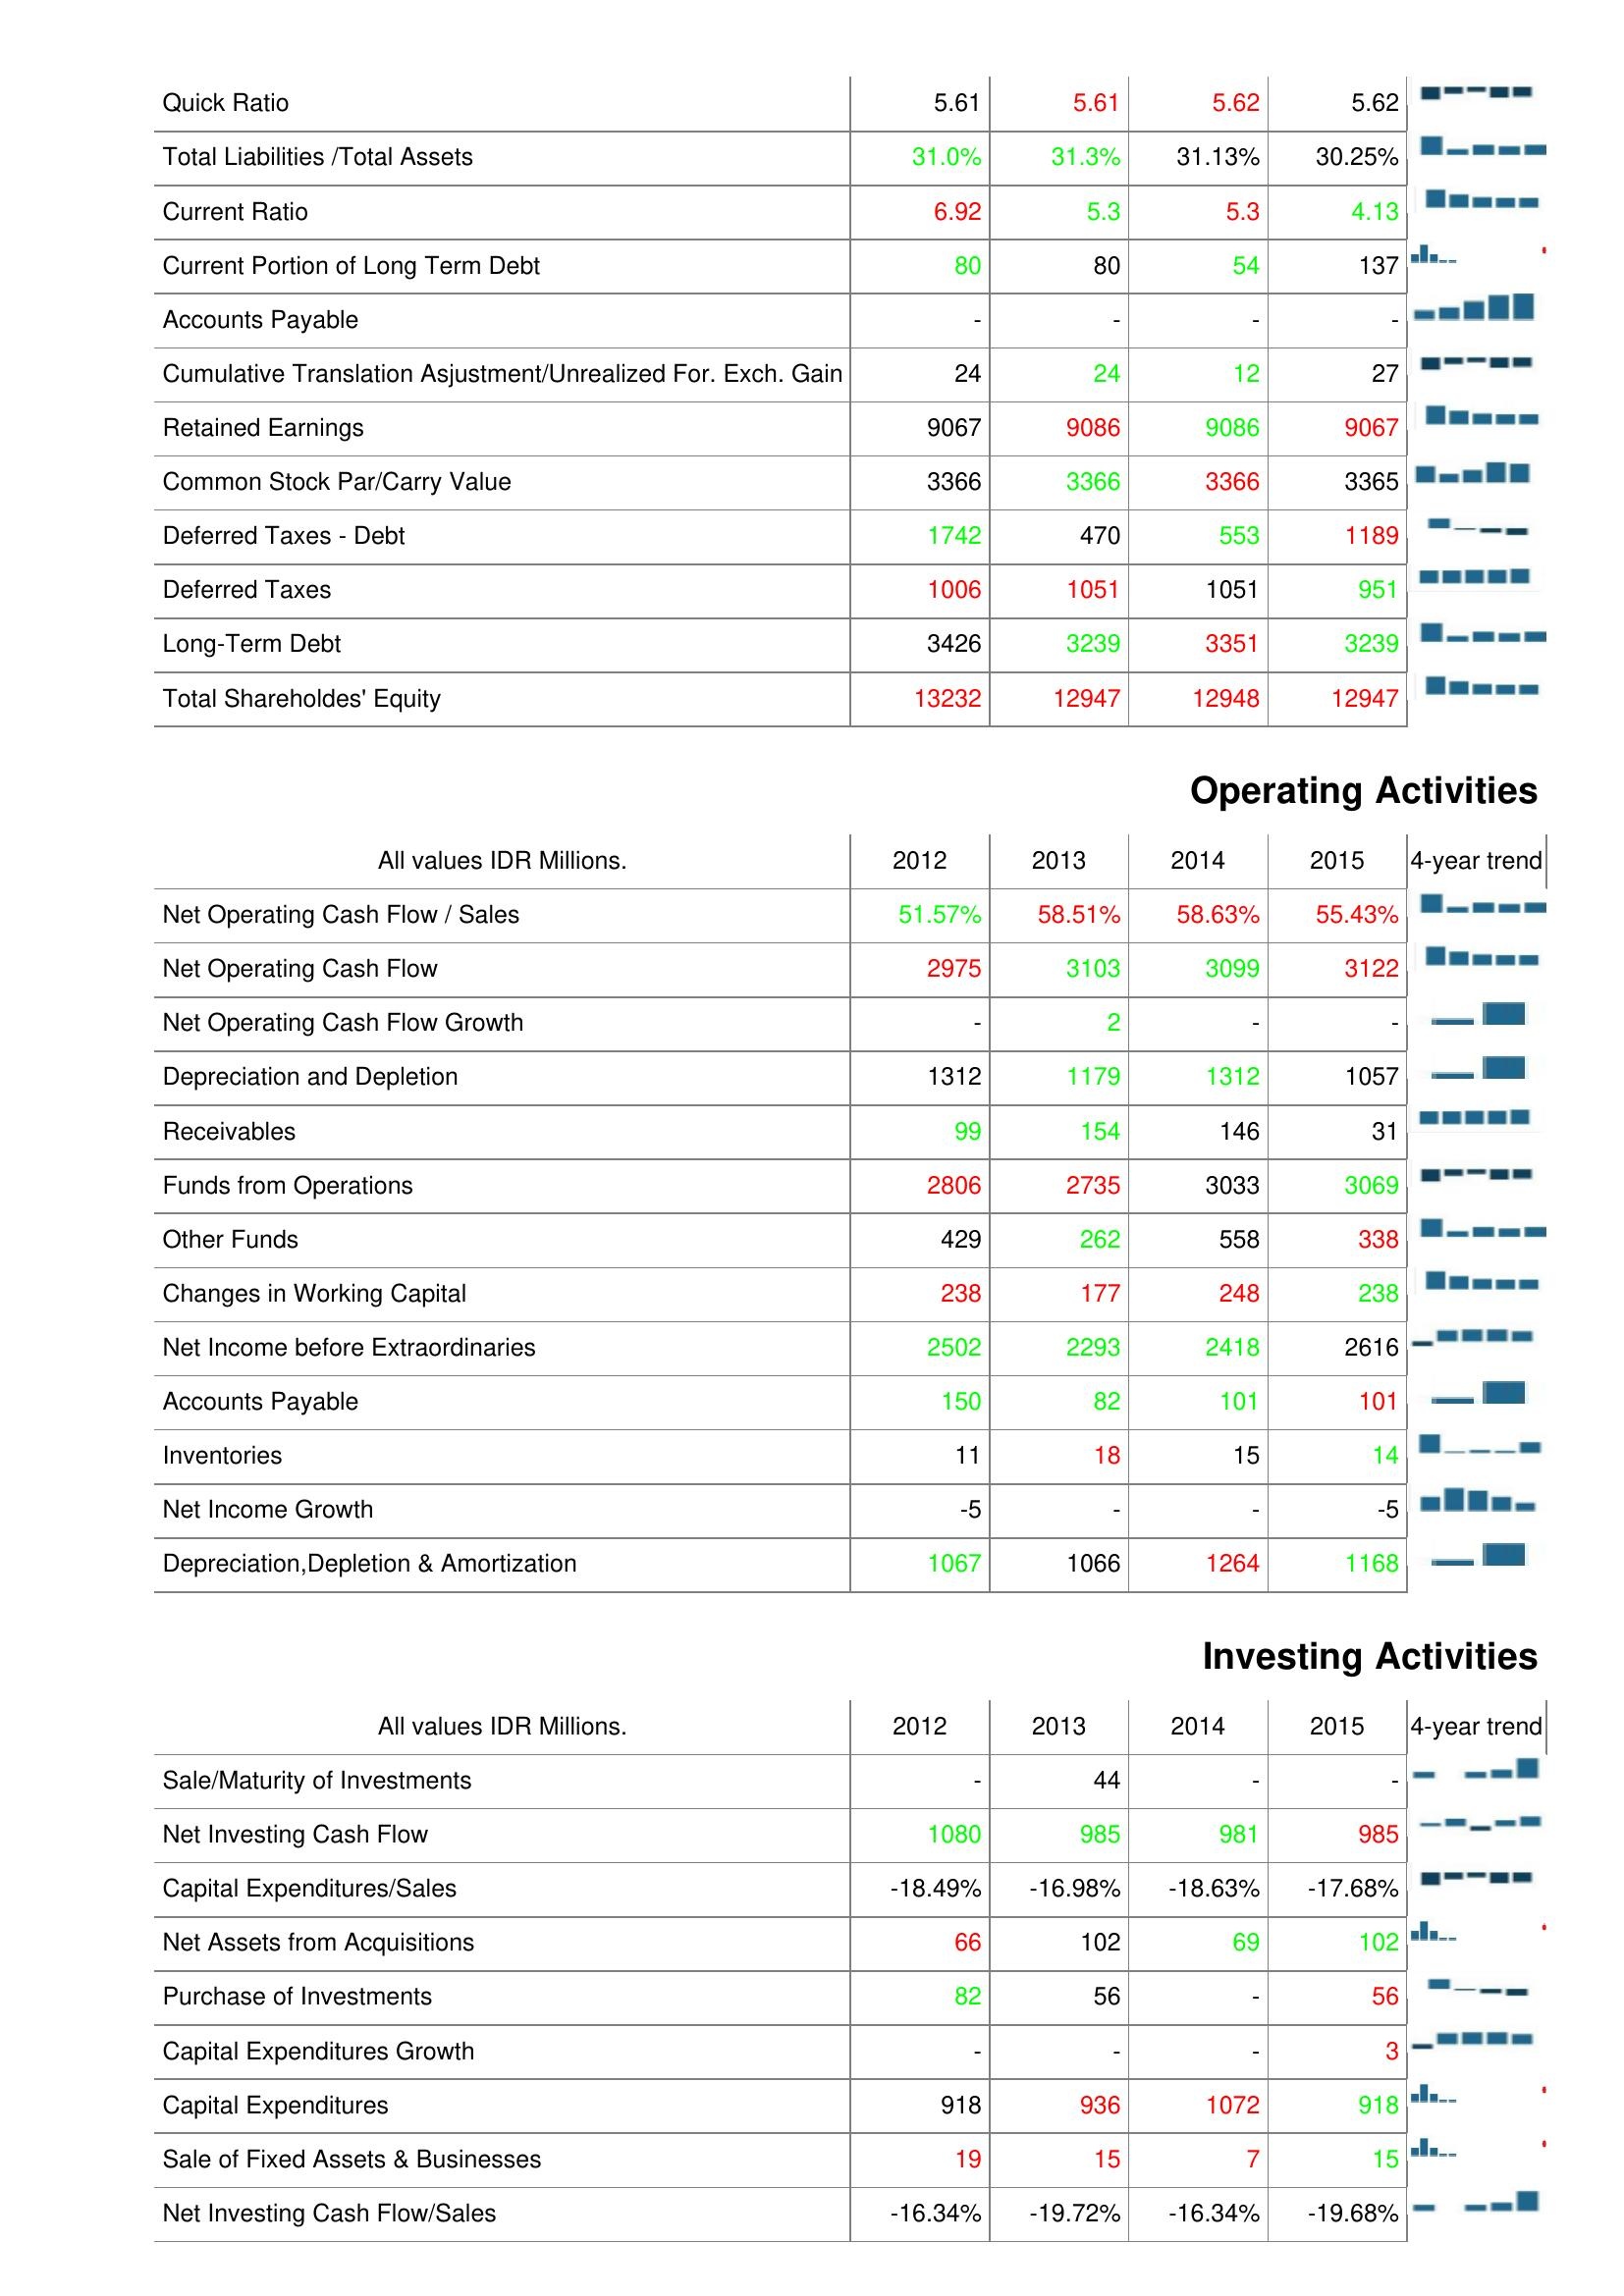
2012: Liabilities & Shareholder's Equity: Quick Ratio: 5.61
Total Liabilities /Total Assets: 31.0%
Current Ratio: 6.92
Current Portion of Long Term Debt: 80
Accounts Payable: -
Cumulative Translation Asjustment/Unrealized For. Exch. Gain: 24
Retained Earnings: 9067
Common Stock Par/Carry Value: 3366
Deferred Taxes - Debt: 1742
Deferred Taxes: 1006
Long-Term Debt: 3426
Total Shareholdes' Equity: 13232
Operating Activities: Net Operating Cash Flow / Sales: 51.57%
Net Operating Cash Flow: 2975
Net Operating Cash Flow Growth: -
Depreciation and Depletion: 1312
Receivables: 99
Funds from Operations: 2806
Other Funds: 429
Changes in Working Capital: 238
Net Income before Extraordinaries: 2502
Accounts Payable: 150
Inventories: 11
Net Income Growth: -5
Depreciation,Depletion & Amortization: 1067
Investing Activities: Sale/Maturity of Investments: -
Net Investing Cash Flow: 1080
Capital Expenditures/Sales: -18.49%
Net Assets from Acquisitions: 66
Purchase of Investments: 82
Capital Expenditures Growth: -
Capital Expenditures: 918
Sale of Fixed Assets & Businesses: 19
Net Investing Cash Flow/Sales: -16.34%
2013: Liabilities & Shareholder's Equity: Quick Ratio: 5.61
Total Liabilities /Total Assets: 31.3%
Current Ratio: 5.3
Current Portion of Long Term Debt: 80
Accounts Payable: -
Cumulative Translation Asjustment/Unrealized For. Exch. Gain: 24
Retained Earnings: 9086
Common Stock Par/Carry Value: 3366
Deferred Taxes - Debt: 470
Deferred Taxes: 1051
Long-Term Debt: 3239
Total Shareholdes' Equity: 12947
Operating Activities: Net Operating Cash Flow / Sales: 58.51%
Net Operating Cash Flow: 3103
Net Operating Cash Flow Growth: 2
Depreciation and Depletion: 1179
Receivables: 154
Funds from Operations: 2735
Other Funds: 262
Changes in Working Capital: 177
Net Income before Extraordinaries: 2293
Accounts Payable: 82
Inventories: 18
Net Income Growth: -
Depreciation,Depletion & Amortization: 1066
Investing Activities: Sale/Maturity of Investments: 44
Net Investing Cash Flow: 985
Capital Expenditures/Sales: -16.98%
Net Assets from Acquisitions: 102
Purchase of Investments: 56
Capital Expenditures Growth: -
Capital Expenditures: 936
Sale of Fixed Assets & Businesses: 15
Net Investing Cash Flow/Sales: -19.72%
2014: Liabilities & Shareholder's Equity: Quick Ratio: 5.62
Total Liabilities /Total Assets: 31.13%
Current Ratio: 5.3
Current Portion of Long Term Debt: 54
Accounts Payable: -
Cumulative Translation Asjustment/Unrealized For. Exch. Gain: 12
Retained Earnings: 9086
Common Stock Par/Carry Value: 3366
Deferred Taxes - Debt: 553
Deferred Taxes: 1051
Long-Term Debt: 3351
Total Shareholdes' Equity: 12948
Operating Activities: Net Operating Cash Flow / Sales: 58.63%
Net Operating Cash Flow: 3099
Net Operating Cash Flow Growth: -
Depreciation and Depletion: 1312
Receivables: 146
Funds from Operations: 3033
Other Funds: 558
Changes in Working Capital: 248
Net Income before Extraordinaries: 2418
Accounts Payable: 101
Inventories: 15
Net Income Growth: -
Depreciation,Depletion & Amortization: 1264
Investing Activities: Sale/Maturity of Investments: -
Net Investing Cash Flow: 981
Capital Expenditures/Sales: -18.63%
Net Assets from Acquisitions: 69
Purchase of Investments: -
Capital Expenditures Growth: -
Capital Expenditures: 1072
Sale of Fixed Assets & Businesses: 7
Net Investing Cash Flow/Sales: -16.34%
2015: Liabilities & Shareholder's Equity: Quick Ratio: 5.62
Total Liabilities /Total Assets: 30.25%
Current Ratio: 4.13
Current Portion of Long Term Debt: 137
Accounts Payable: -
Cumulative Translation Asjustment/Unrealized For. Exch. Gain: 27
Retained Earnings: 9067
Common Stock Par/Carry Value: 3365
Deferred Taxes - Debt: 1189
Deferred Taxes: 951
Long-Term Debt: 3239
Total Shareholdes' Equity: 12947
Operating Activities: Net Operating Cash Flow / Sales: 55.43%
Net Operating Cash Flow: 3122
Net Operating Cash Flow Growth: -
Depreciation and Depletion: 1057
Receivables: 31
Funds from Operations: 3069
Other Funds: 338
Changes in Working Capital: 238
Net Income before Extraordinaries: 2616
Accounts Payable: 101
Inventories: 14
Net Income Growth: -5
Depreciation,Depletion & Amortization: 1168
Investing Activities: Sale/Maturity of Investments: -
Net Investing Cash Flow: 985
Capital Expenditures/Sales: -17.68%
Net Assets from Acquisitions: 102
Purchase of Investments: 56
Capital Expenditures Growth: 3
Capital Expenditures: 918
Sale of Fixed Assets & Businesses: 15
Net Investing Cash Flow/Sales: -19.68%